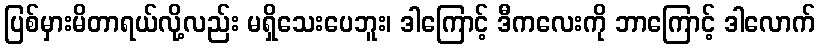
ပြစ်မှားမိတာရယ်လို့လည်း မရှိသေးပေဘူး၊ ဒါကြောင့် ဒီကလေးကို ဘာကြောင့် ဒါလောက်